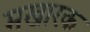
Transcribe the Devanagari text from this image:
मखारक